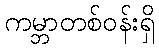
ကမ္ဘာတစ်ဝန်းရှိ